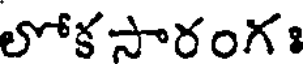
లోకసారంగః